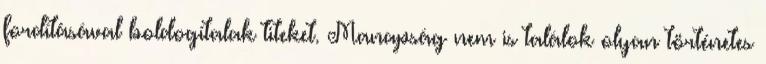
fordításával boldogítalak titeket. Manapság nem is találok olyan történetes